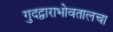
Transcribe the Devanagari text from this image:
गुदद्वाराभोवतालचा